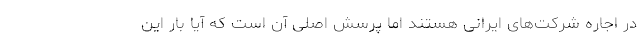
در اجاره شرکت‌های ایرانی هستند اما پرسش اصلی آن است که آیا بار این